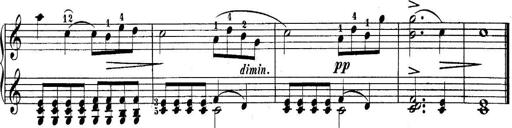
Title: 10 Sonatines progressives
Composer: Anton Schmoll